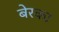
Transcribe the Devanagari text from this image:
बेरका